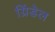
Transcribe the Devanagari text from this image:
ग्रिंडेल